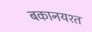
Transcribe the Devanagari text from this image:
बकानयश्त